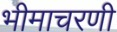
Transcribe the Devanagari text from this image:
भीमाचरणी